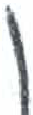
אות: ן